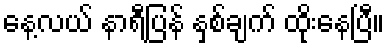
နေ့လယ် နာရီပြန် နှစ်ချက် ထိုးနေပြီ။